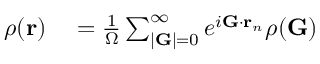
\begin{array} { r l } { \rho ( \mathbf { r } ) } & { { } = \frac { 1 } { \Omega } \sum _ { | \mathbf { G } | = 0 } ^ { \infty } e ^ { i \mathbf { G } \cdot \mathbf { r } _ { n } } \rho ( \mathbf { G } ) } \end{array}